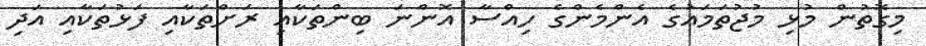
މިގޮތުން މުޅި މުޖުތަމައުގެ އެންމެންގެ ހިއްސާ އޮންނަ ބިންތަކާއި ރަށްތަކާއި ފަޅުތަކާއި އަދި